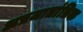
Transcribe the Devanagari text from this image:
अप्रजातांत्रिक